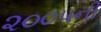
૨૦૦૫ની